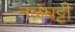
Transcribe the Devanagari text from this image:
तळघट्टी